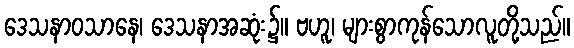
ဒေသနာဝသာနေ၊ ဒေသနာအဆုံး၌။ ဗဟူ၊ များစွာကုန်သောလူတို့သည်။